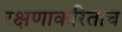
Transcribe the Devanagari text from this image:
रक्षणाकरिताच